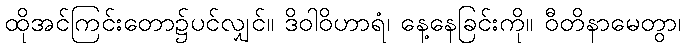
ထိုအင်ကြင်းတော၌ပင်လျှင်။ ဒိဝါဝိဟာရံ၊ နေ့နေခြင်းကို။ ဝီတိနာမေတွာ၊